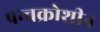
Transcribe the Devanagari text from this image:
पन्चक्रोशीत